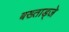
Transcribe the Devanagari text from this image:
बख्ताड्जे